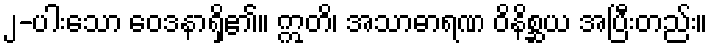
၂-ပါးသော ဝေဒနာရှိ၏။ ဣတိ၊ အသာဓာရဏ ဝိနိစ္ဆယ အပြီးတည်း။